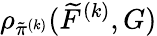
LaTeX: \rho_{\tilde{\pi}^{(k)}}(\widetilde{F}^{(k)},G)